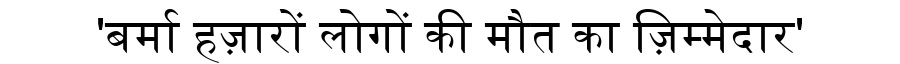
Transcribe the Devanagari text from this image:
'बर्मा हज़ारों लोगों की मौत का ज़िम्मेदार'